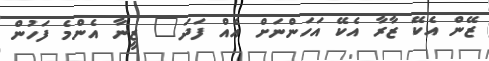
ޒޭން އެކޭ ޒާރާ އެކޭ އަހަންނަށް އެއް ފަދަ" ޒީނާ އެންމެ ފަހުން